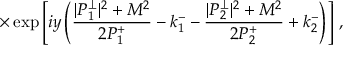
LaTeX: \times \exp \left[ i y \left( \frac { | P _ { 1 } ^ { \perp } | ^ { 2 } + M ^ { 2 } } { 2 P _ { 1 } ^ { + } } - k _ { 1 } ^ { - } - \frac { | P _ { 2 } ^ { \perp } | ^ { 2 } + M ^ { 2 } } { 2 P _ { 2 } ^ { + } } + k _ { 2 } ^ { - } \right) \right] \, ,